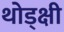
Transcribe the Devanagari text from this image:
थोड्क्षी